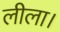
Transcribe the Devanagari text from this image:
लीला।